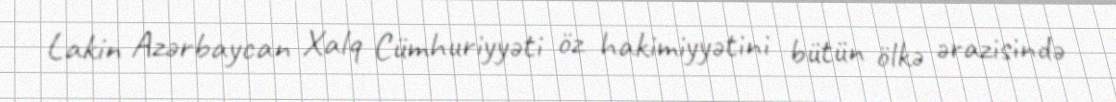
Lakin Azərbaycan Xalq Cümhuriyyəti öz hakimiyyətini bütün ölkə ərazisində